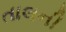
તાલની